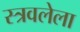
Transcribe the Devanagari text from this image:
स्त्रवलेला